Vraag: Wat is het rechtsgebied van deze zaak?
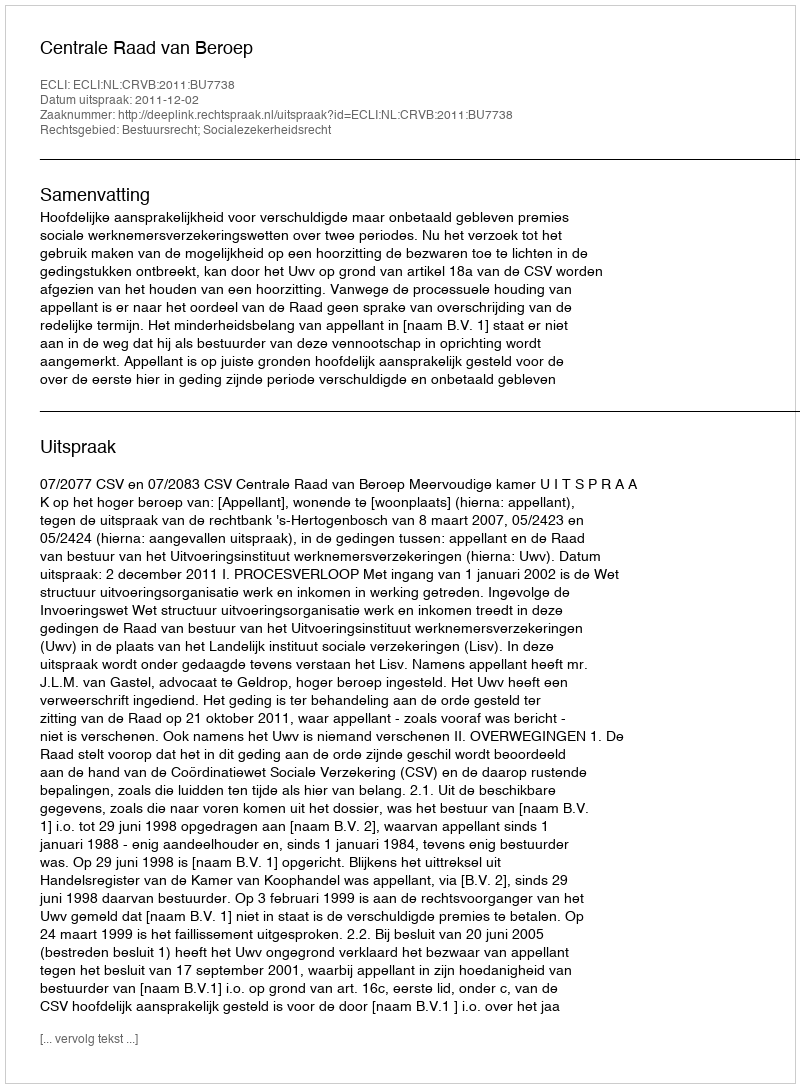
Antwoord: Bestuursrecht; Socialezekerheidsrecht